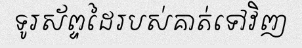
ទូរស័ព្ទដៃរបស់គាត់ទៅវិញ